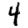
Digit: 4